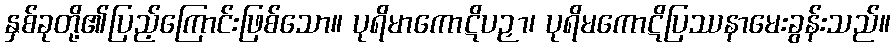
နှစ်ခုတို့၏ပြည့်ကြောင်းဖြစ်သော။ ပုရိမာကောဋိပဉှာ၊ ပုရိမကောဋိပြဿနာမေးခွန်းသည်။